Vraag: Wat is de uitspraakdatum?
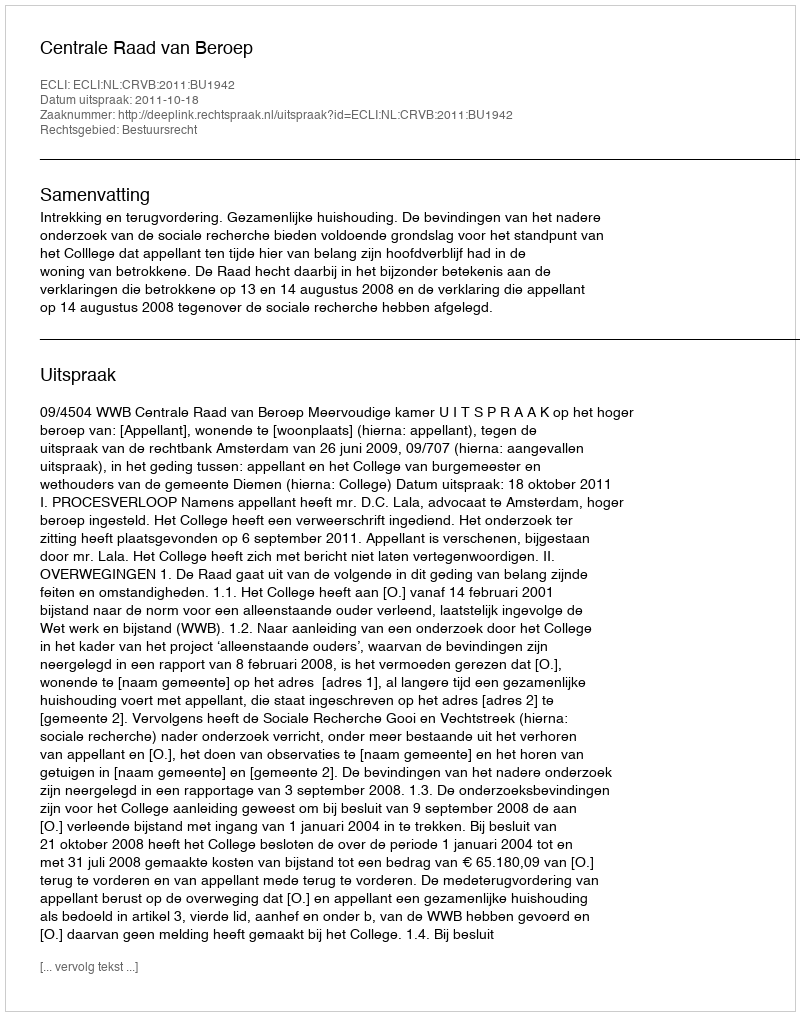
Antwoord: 2011-10-18